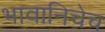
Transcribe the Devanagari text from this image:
भावानिचेच